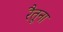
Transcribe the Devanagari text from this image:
रैतूना